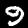
Label: 9